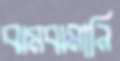
ঝমঝমানি